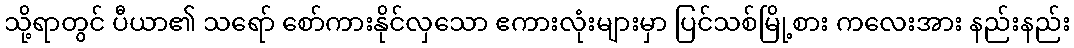
သို့ရာတွင် ပီယာ၏ သရော် စော်ကားနိုင်လှသော ဧကားလုံးများမှာ ပြင်သစ်မြို့စား ကလေးအား နည်းနည်း